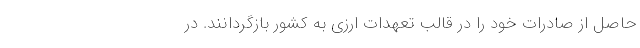
حاصل از صادرات خود را در قالب تعهدات ارزی به کشور بازگردانند. در